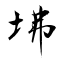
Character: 坲